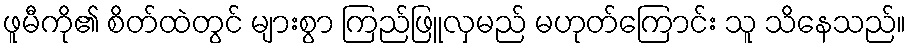
ဖူမီကို၏ စိတ်ထဲတွင် များစွာ ကြည်ဖြူလှမည် မဟုတ်ကြောင်း သူ သိနေသည်။